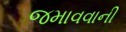
જમાવવાની